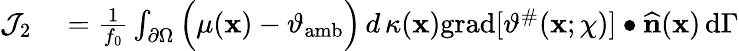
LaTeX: \begin{array}{rl}{\mathcal{J}_{2}}&{{}=\frac{1}{f_{0}}\int_{\partial\Omega}\Big(\mu(\mathbf{x})-\vartheta_{\mathrm{amb}}\Big)\, d\, \kappa(\mathbf{x})\mathrm{grad}[\vartheta^{\# }(\mathbf{x};\chi)]\bullet\widehat{\mathbf{n}}(\mathbf{x})\, \mathrm{d}\Gamma}\end{array}